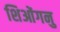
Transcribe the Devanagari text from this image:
शिओंगनु